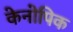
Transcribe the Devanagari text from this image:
केनोपिक